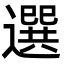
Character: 選